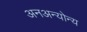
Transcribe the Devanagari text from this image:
अनअन्‍योन्‍य